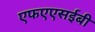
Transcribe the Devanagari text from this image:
एफएएसईबी